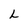
Character: L